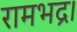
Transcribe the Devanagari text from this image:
रामभद्र।